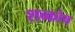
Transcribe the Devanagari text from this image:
शब्कोष